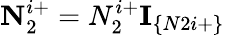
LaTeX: \textbf{N}_{2}^{i+}=N_{2}^{i+}\textbf{I}_{\{ N2i+\} }